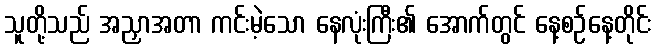
သူတို့သည် အညှာအတာ ကင်းမဲ့သော နေလုံးကြီး၏ အောက်တွင် နေ့စဉ်နေ့တိုင်း